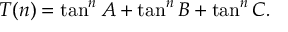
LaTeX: T ( n ) = \tan ^ { n } { A } + \tan ^ { n } { B } + \tan ^ { n } { C } .